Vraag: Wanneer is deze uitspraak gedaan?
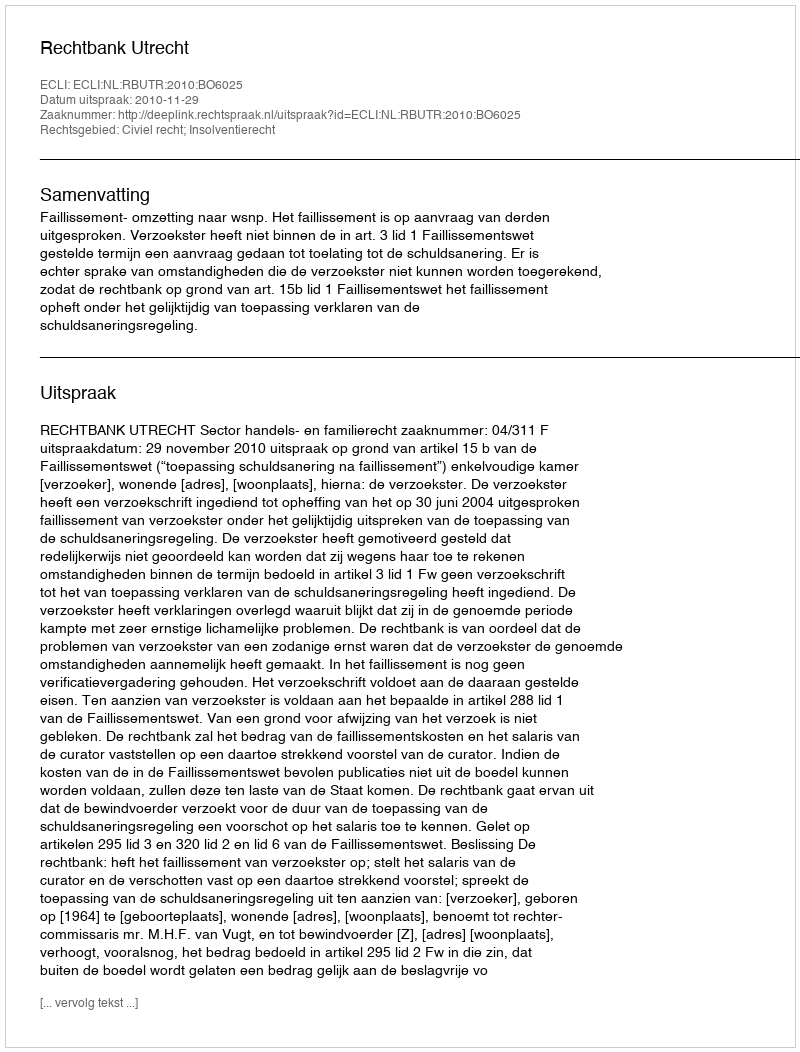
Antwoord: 2010-11-29